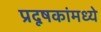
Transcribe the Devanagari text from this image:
प्रदूषकांमध्ये